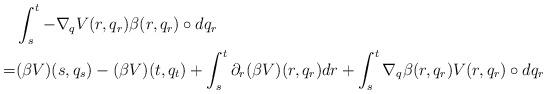
LaTeX: \begin{align*}&\int_s^t -\nabla_qV(r,q_r)\beta(r,q_r)\circ dq_r\\=&(\beta V)(s,q_s)-(\beta V)(t,q_t)+\int_s^t \partial_r(\beta V)(r,q_r) dr+\int_s^t \nabla_q\beta(r,q_r) V(r,q_r)\circ dq_r\end{align*}